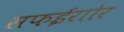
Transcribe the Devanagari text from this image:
सफईराोर